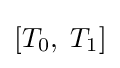
[T_{0},\;T_{1}]